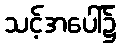
သင့်အပေါ်၌